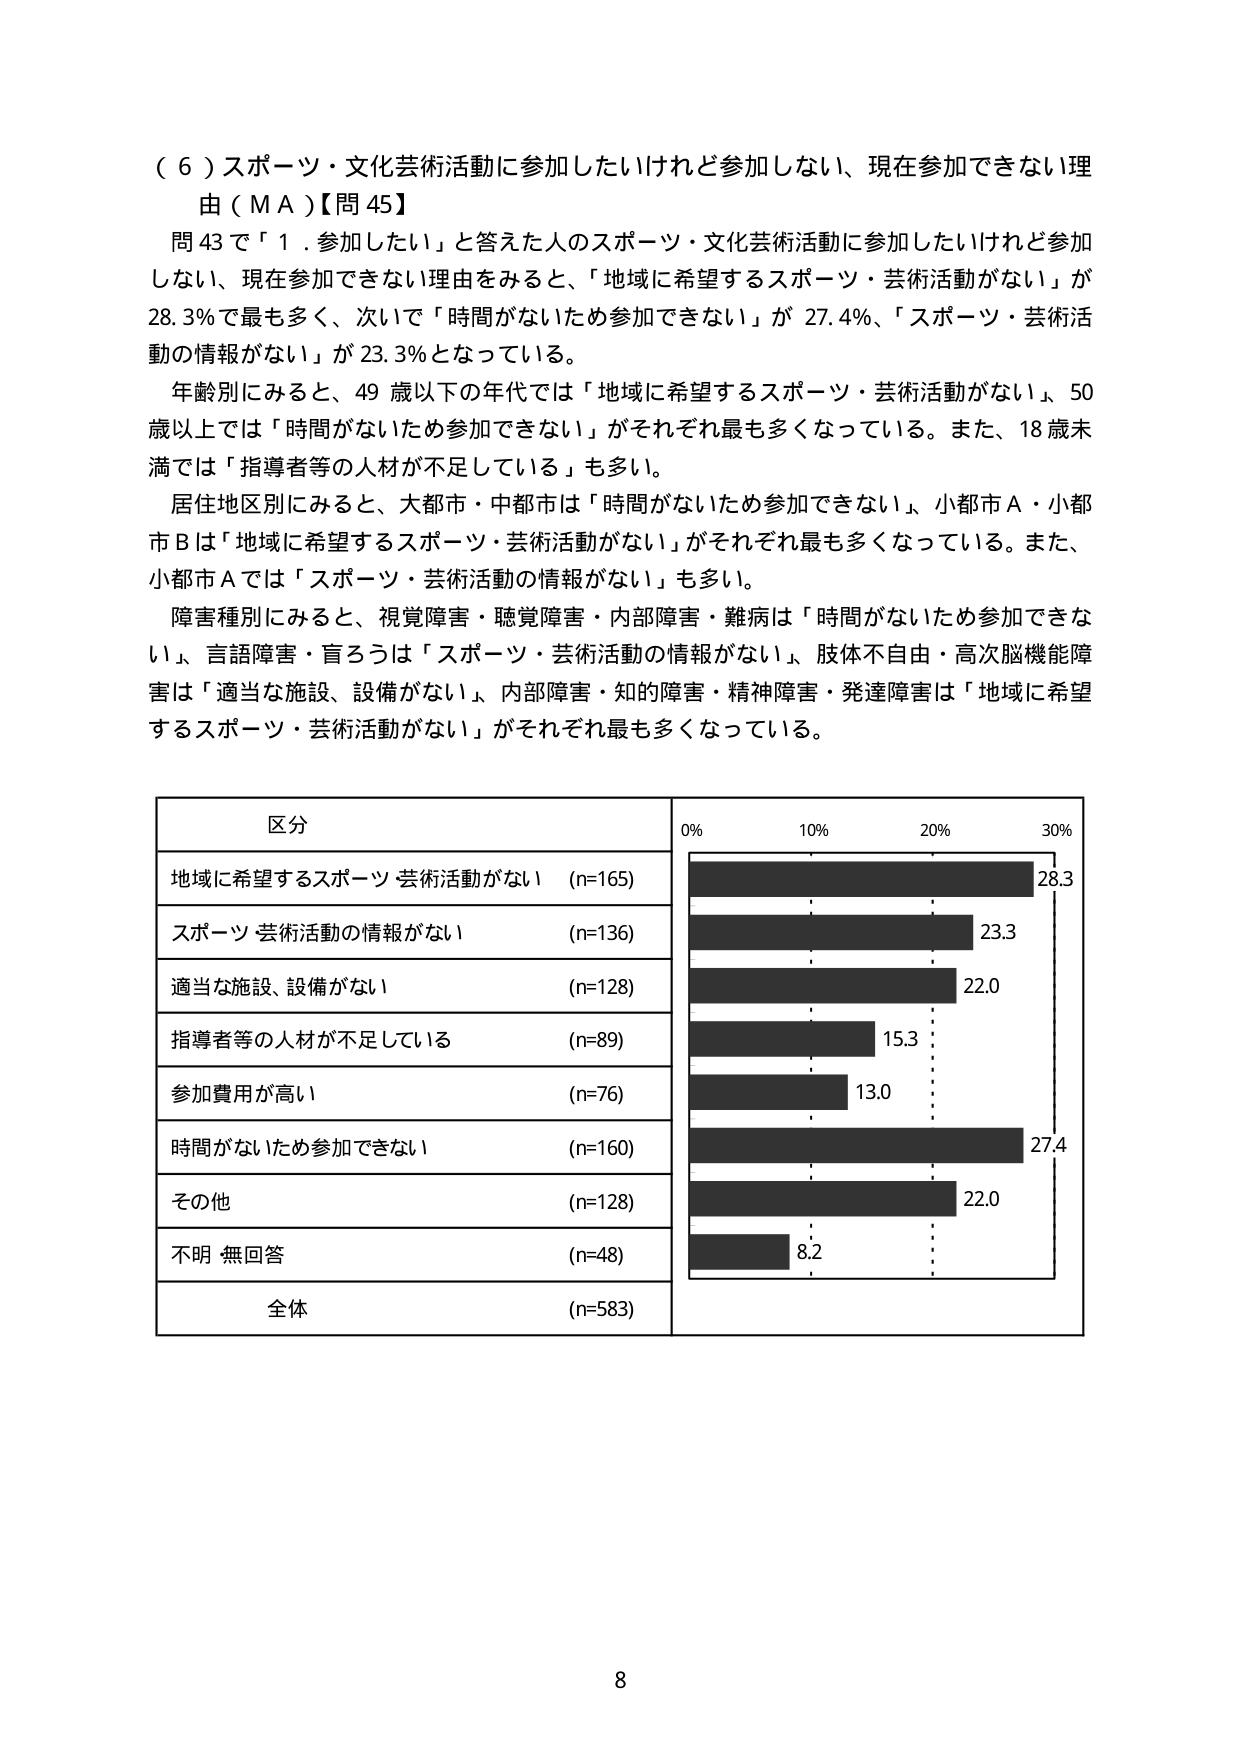
（６）スポーツ・文化芸術活動に参加したいけれど参加しない、現在参加できない理由（ＭＡ）【問 45】

問 43 で「１．参加したい」と答えた人のスポーツ・文化芸術活動に参加したいけれど参加しない、現在参加できない理由をみると、「地域に希望するスポーツ・芸術活動がない」が 28.3％で最も多く、次いで「時間がないため参加できない」が 27.4％、「スポーツ・芸術活動の情報がない」が 23.3％となっている。

年齢別にみると、49 歳以下の年代では「地域に希望するスポーツ・芸術活動がない」、50 歳以上では「時間がないため参加できない」がそれぞれ最も多くなっている。また、18 歳未満では「指導者等の人材が不足している」も多い。

居住地区別にみると、大都市・中都市は「時間がないため参加できない」、小都市Ａ・小都市Ｂは「地域に希望するスポーツ・芸術活動がない」がそれぞれ最も多くなっている。また、小都市Ａでは「スポーツ・芸術活動の情報がない」も多い。

障害種別にみると、視覚障害・聴覚障害・内部障害・難病は「時間がないため参加できない」、言語障害・盲ろうは「スポーツ・芸術活動の情報がない」、肢体不自由・高次脳機能障害は「適当な施設、設備がない」、内部障害・知的障害・精神障害・発達障害は「地域に希望するスポーツ・芸術活動がない」がそれぞれ最も多くなっている。

区 分
地域に希望するスポーツ・芸術活動がない （n=165）
スポーツ・芸術活動の情報がない （n=136）
適当な施設、設備がない （n=128）
指導者等の人材が不足している （n=89）
参加費用が高い （n=76）
時間がないため参加できない （n=160）
その他 （n=128）
不明・無回答 （n=48）
全体 （n=583）

0% 10% 20% 30%
28.3
23.3
22.0
15.3
13.0
27.4
22.0
8.2

8